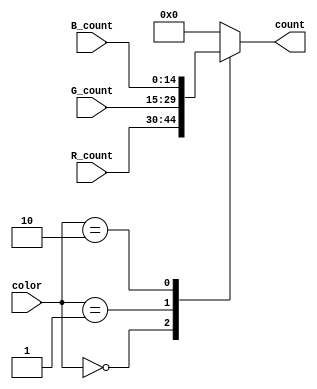
`timescale 1ns/10ps
module count_mux(count,R_count,G_count,B_count,color);

input[1:0] color;
input[14:0] R_count,G_count,B_count;

output[14:0] count;
reg[14:0] count;

always@(*)
begin
  case(color)
    2'b00:
	   count<=R_count;
	 2'b01:
	   count<=G_count;
	 2'b10:
	   count<=B_count;
	 default:
	   count<=15'b0;
	 endcase
end

endmodule